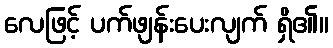
လေဖြင့် ပက်ဖျန်းပေးလျက် ရှိ၏။